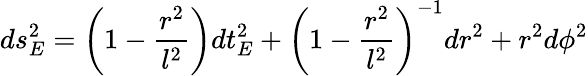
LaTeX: ds_{E}^{2}=\left(1-\frac{r^{2}}{l^{2}}\right)dt_{E}^{2}+\left(1-\frac{r^{2}}{l^{2}}\right)^{-1}dr^{2}+r^{2}d\phi^{2}